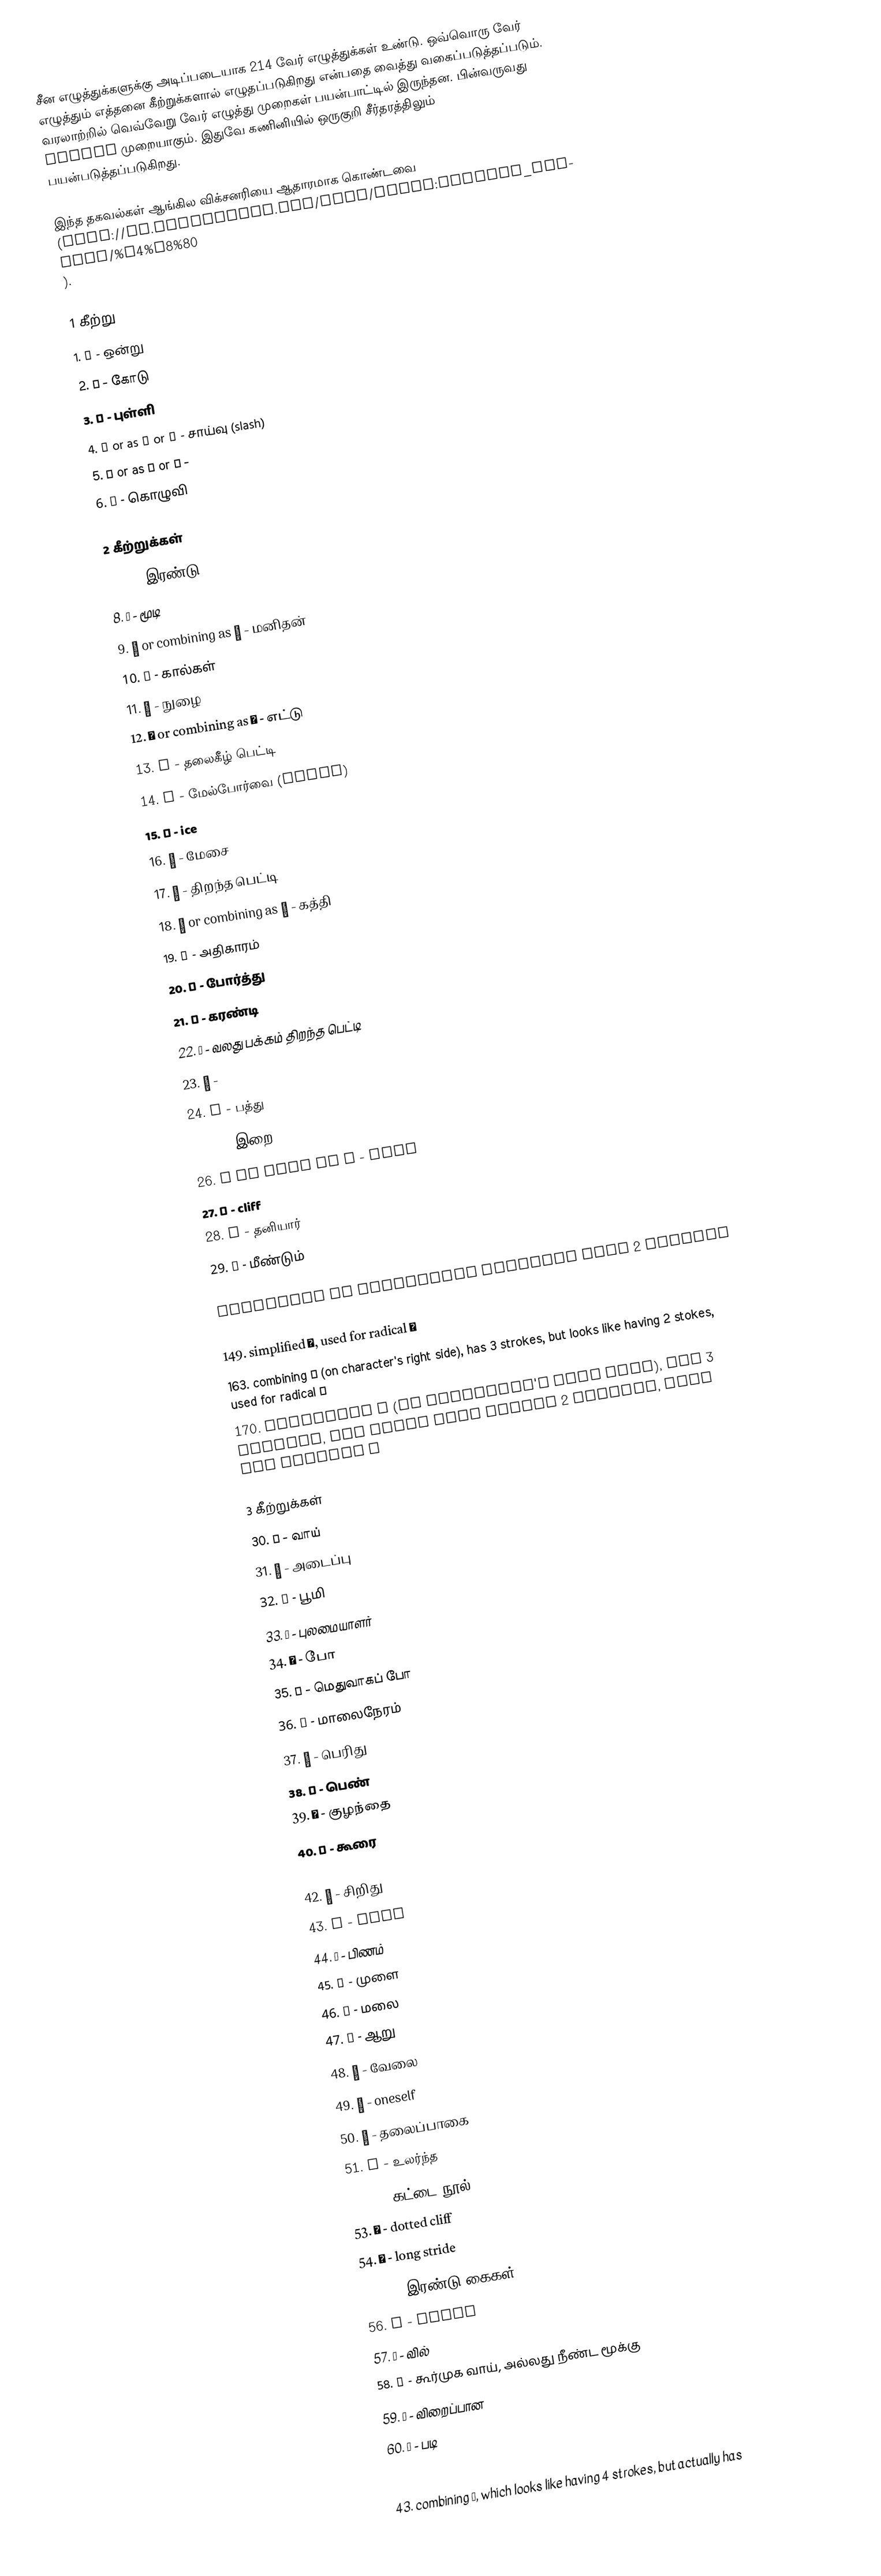
சீன எழுத்துக்களுக்கு அடிப்படையாக 214 வேர் எழுத்துக்கள் உண்டு.  ஒவ்வொரு வேர் எழுத்தும் எத்தனை கீற்றுக்களால் எழுதப்படுகிறது என்பதை வைத்து வகைப்படுத்தப்படும்.  வரலாற்றில் வெவ்வேறு வேர் எழுத்து முறைகள் பயன்பாட்டில் இருந்தன.  பின்வருவது Kangxi முறையாகும்.  இதுவே கணினியில் ஒருகுறி சீர்தரத்திலும் பயன்படுத்தப்படுகிறது.

இந்த தகவல்கள் ஆங்கில விக்சனரியை ஆதாரமாக கொண்டவை (http://en.wiktionary.org/wiki/Index:Chinese_radical/%E4%B8%80 ).

1 கீற்று
1. 一 - ஒன்று
2. 丨 - கோடு
3. 丶 - புள்ளி
4. 丿 or as 乀 or 乁  - சாய்வு (slash)
5. 乙 or as 乚 or 乛 -
6. 亅 - கொழுவி

2 கீற்றுக்கள்
7. 二 - இரண்டு
8. 亠 - மூடி
9. 人 or combining as 亻 - மனிதன்
10. 儿 - கால்கள்
11. 入 - நுழை
12. 八 or combining as 丷 - எட்டு
13. 冂 - தலைகீழ் பெட்டி
14. 冖 - மேல்போர்வை (cover)
15. 冫 - ice
16. 几 - மேசை
17. 凵 - திறந்த பெட்டி
18. 刀 or combining as 刂 - கத்தி
19. 力 - அதிகாரம்
20. 勹 - போர்த்து
21. 匕 - கரண்டி
22. 匚 - வலது பக்கம் திறந்த பெட்டி
23. 匸 -
24. 十 - பத்து
25. 卜 - இறை
26. 卩 or also as 㔾 - seal
27. 厂 - cliff
28. 厶 - தனியார்
29. 又 - மீண்டும்

Combining or simplified radicals with 2 strokes
47. combining 巜, used for radical 巛
149. simplified 讠, used for radical 言
163. combining 阝 (on character's right side), has 3 strokes, but looks like having 2 stokes, used for radical 邑
170. combining 阝 (on character's left side), has 3 strokes, but looks like having 2 strokes, used for radical 阜

3 கீற்றுக்கள்
30. 口 - வாய்
31. 囗 - அடைப்பு
32. 土 - பூமி
33. 士 - புலமையாளர்
34. 夂 - போ
35. 夊 - மெதுவாகப் போ
36. 夕 - மாலைநேரம்
37. 大 - பெரிது
38. 女 - பெண்
39. 子 - குழந்தை
40. 宀 - கூரை
41. 寸 - inch
42. 小 - சிறிது
43. 尢 - lame
44. 尸 - பிணம்
45. 屮 - முளை
46. 山 - மலை
47. 巛 - ஆறு
48. 工 - வேலை
49. 己 - oneself
50. 巾 - தலைப்பாகை
51. 干 - உலர்ந்த
52. 幺  - கட்டை நூல்
53. 广  - dotted cliff
54. 廴  - long stride
55. 廿  - இரண்டு கைகள்
56. 弋  - shoot
57. 弓  - வில்
58. 彐  - கூர்முக வாய், அல்லது நீண்ட மூக்கு
59. 彡  - விறைப்பான
60. 彳  - படி

Combining or simplified radicals with 3 strokes
43. combining 尣, which looks like having 4 strokes, but actually has